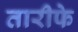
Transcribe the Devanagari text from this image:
तारीफे